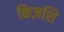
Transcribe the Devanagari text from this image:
किज़शि